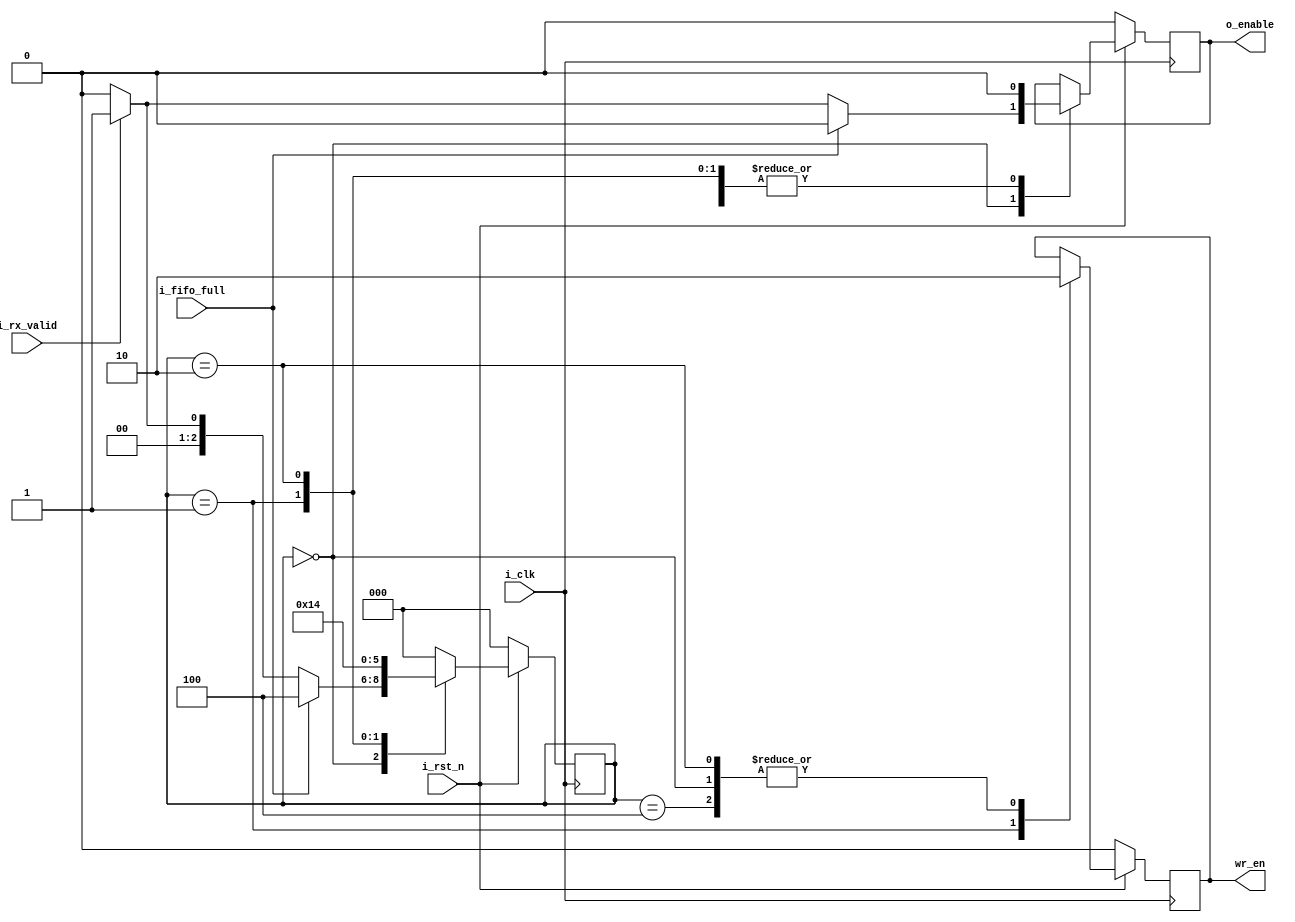
`timescale 1ns / 1ps
//////////////////////////////////////////////////////////////////////////////////
// Company: 
// Engineer: 
// 
// Design Name: 
// Module Name: UART_RX_FSM
// Project Name: 
// Target Devices: 
// Tool Versions: 
// Description: 
// 
// Dependencies: 
// 
// Revision:
// Revision 0.01 - File Created
// Additional Comments:
// 
//////////////////////////////////////////////////////////////////////////////////


module UART_INTERNAL_FSM(
input i_clk , 
input i_rst_n ,
input i_fifo_full , 
input i_rx_valid , 
output o_enable  ,                      // enables the UART REGISTER 
output wr_en   
    );
    
  reg o_wren    =  0;
  reg en_reg =   0 ; 
  
  assign wr_en = o_wren  ;
  assign o_enable = en_reg ;
  
  
  parameter IDLE_RX =  3'b000 ;
  parameter ASSERT_W = 3'b001 ;  // ASSERT THE FIFO WRITE ENABLE 
  parameter DEASSERT_W = 3'b010 ;
  parameter WAIT_TX    = 3'b011 ;
  parameter DONE_RX  =  3'b100 ;
  
  
  reg [2:0] p_RX = 0;
  
  
  always @(posedge i_clk)
     begin
         if (~i_rst_n) begin
             p_RX <=  0;
             en_reg <= 0;
             o_wren <= 0 ;
          end    
    else
               begin
                          case (p_RX)
            
         IDLE_RX :  begin
                       if (i_rx_valid == 1'b1 )begin
                            en_reg <= 1'b1 ;           // enables the uart register to latch the data to further process to FIFO  
                            o_wren <= 1'b0 ;           // keep deasserted -- fifo write enable //
                            p_RX   <= ASSERT_W  ;
                       end 
                        else
                           begin
                             en_reg <= 0;
                             o_wren <= 1'b0 ;
                             p_RX   <= IDLE_RX ;
                         end 
                         
                        if (i_fifo_full == 1'b1)  begin
                            en_reg <= 1'b0;
                            o_wren <= 1'b0 ;
                            p_RX   <= DONE_RX ;
                         end 
                    
                      end 
                 
          ASSERT_W  : begin
                          en_reg <= 1'b0 ;
                          o_wren <= 1'b1 ;
                          p_RX   <= DEASSERT_W ;
                       end 
                
          DEASSERT_W :  begin
                              o_wren <= 1'b0 ;               /// disable the FIFO WRENABLE 
                              p_RX   <= DONE_RX ;
                              en_reg <= 1'b0 ;
                            end 
                             
         DONE_RX : begin
                       p_RX   <= IDLE_RX ;
                       o_wren  <= 1'b0 ;
                       en_reg  <= 1'b0 ; 
                   end                            
                                 
           default : p_RX <= IDLE_RX ;
           endcase
           end 
          end                                     
endmodule